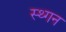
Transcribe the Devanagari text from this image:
स्थ्गन